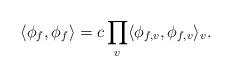
LaTeX: \begin{align*}\langle \phi_{f}, \phi_{f}\rangle = c \prod_{v} \langle \phi_{f,v}, \phi_{f,v} \rangle_{v}. \end{align*}